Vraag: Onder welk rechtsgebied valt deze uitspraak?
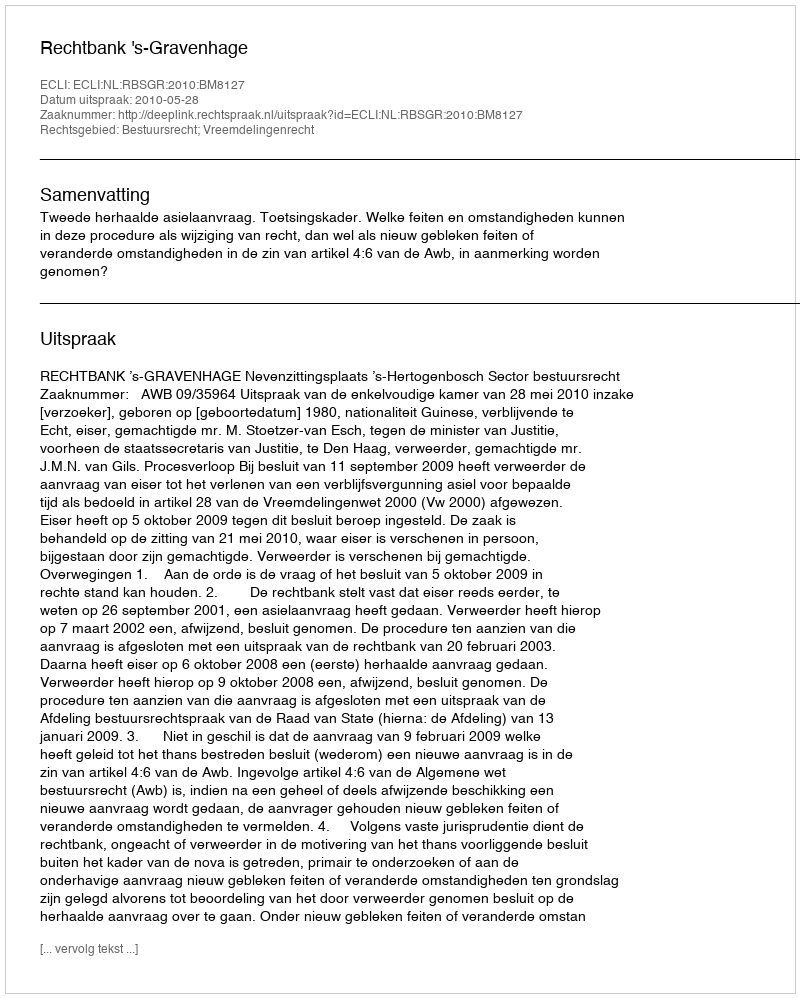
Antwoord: Bestuursrecht; Vreemdelingenrecht